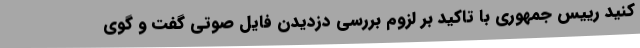
کنید رییس جمهوری با تاکید بر لزوم بررسی دزدیدن فایل صوتی گفت و گوی